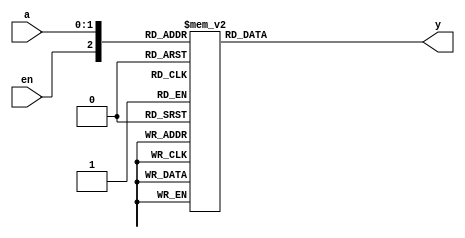
`timescale 1ns / 1ps
//////////////////////////////////////////////////////////////////////////////////
// Company: 
// Engineer: 
// 
// Design Name: 
// Module Name: decoder_2_4_case
// Project Name: 
// Target Devices: 
// Tool Versions: 
// Description: 
// 
// Dependencies: 
// 
// Revision:
// Revision 0.01 - File Created
// Additional Comments:
// 
//////////////////////////////////////////////////////////////////////////////////


    module decoder_2_4_case
    (
    input   [1:0] a,
    input   en,
  output  reg  [3:0]  y
    );
    always @*
       case  ({en, a})
         3'b000, 3'b001, 3'b010, 3'b011: y = 4'b0000;
         3'b100: y = 4'b0001;
           3'b101: y = 4'b0010;
           3'b110: y = 4'b0100;
           3'b111: y = 4'b1000;           // default
   endcase
endmodule